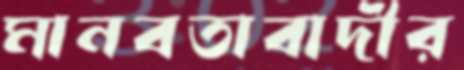
মানবতাবাদীর